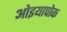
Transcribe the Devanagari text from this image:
ओइयापोक